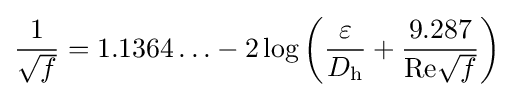
{\frac {1}{\sqrt {f}}}=1.1364\ldots -2\log \left({\frac {\varepsilon }{D_{\mathrm {h} }}}+{\frac {9.287}{\mathrm {Re} {\sqrt {f}}}}\right)